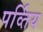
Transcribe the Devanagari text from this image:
पर्व्तिय